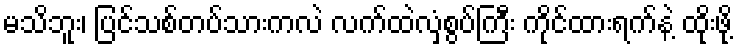
မသိဘူး၊ ပြင်သစ်တပ်သားကလဲ လက်ထဲလှံစွပ်ကြီး ကိုင်ထားရက်နဲ့ ထိုးဖို့